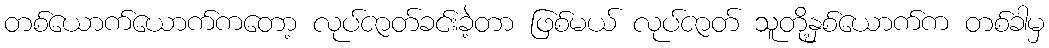
တစ်ယောက်ယောက်ကတော့ လုပ်ဇာတ်ခင်းခဲ့တာ ဖြစ်မယ် လုပ်ဇာတ် သူတို့နှစ်ယောက်က တစ်ခါမှ